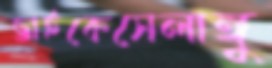
ভাইকেসেলাঙ্গু